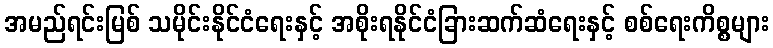
အမည်ရင်းမြစ် သမိုင်းနိုင်ငံရေးနှင့် အစိုးရနိုင်ငံခြားဆက်ဆံရေးနှင့် စစ်ရေးကိစ္စများ